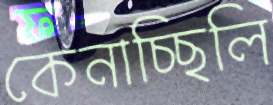
কেনাচ্ছিলি